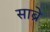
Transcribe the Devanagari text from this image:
साब्रे